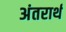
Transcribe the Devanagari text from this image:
अंतरार्थ